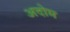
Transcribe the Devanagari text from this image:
अदोम